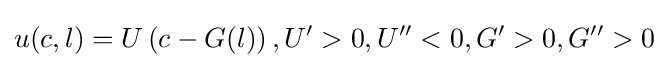
u(c,l)=U\left(c-G(l)\right),U'>0,U''<0,G'>0,G''>0